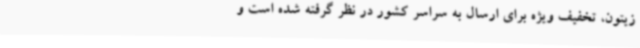
زیتون، تخفیف ویژه برای ارسال به سراسر کشور در نظر گرفته شده است و